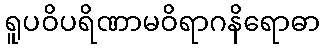
ရူပဝိပရိဏာမဝိရာဂနိရောဓာ